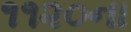
૧૧૨૦ના